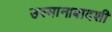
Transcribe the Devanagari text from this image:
उस्मानाबादशी